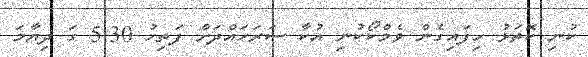
ކުނި ކޮތަޅު ހިފައިގެން ވެމްކޯކުނި އުކާ ސަރަހައްދަށް ފަތިހު 5:30 ގަ ދިޔާމަ